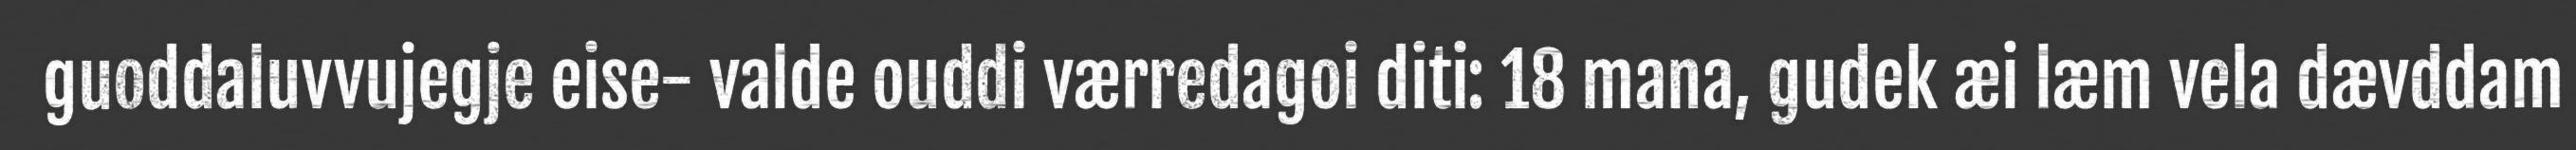
guoddaluvvujegje eise- valde ouddi værredagoi diti: 18 mana, gudek æi læm vela dævddam